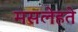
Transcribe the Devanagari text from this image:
मसलेहते